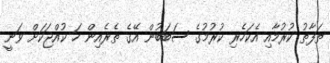
ތަފާތު ކުރުމާއި އެކަހެރި ކުރުމުގެ ސަބަބުން އޭގެ ތެރެއިން ހަ ކުއްޖަކަށް ވަނީ